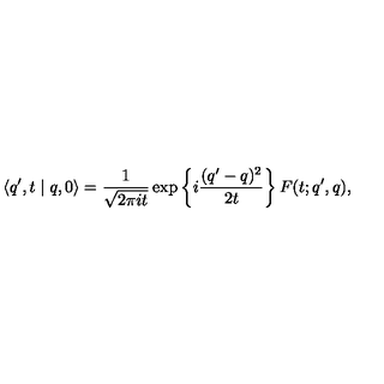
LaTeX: \langle q ^ { \prime } , t \mid q , 0 \rangle = \frac { 1 } { \sqrt { 2 \pi i t } } \exp \left\{ i \frac { ( q ^ { \prime } - q ) ^ { 2 } } { 2 t } \right\} F ( t ; q ^ { \prime } , q ) ,